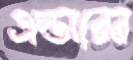
এল্ডারের